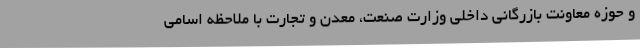
و حوزه معاونت بازرگانی داخلی وزارت صنعت، معدن و تجارت با ملاحظه اسامی